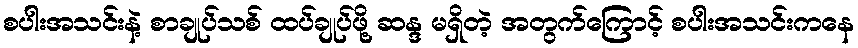
စပါးအသင်းနဲ့ စာချုပ်သစ် ထပ်ချုပ်ဖို့ ဆန္ဒ မရှိတဲ့ အတွက်ကြောင့် စပါးအသင်းကနေ